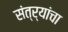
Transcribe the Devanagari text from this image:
संत्र्यांचा